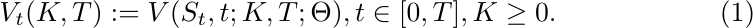
\begin{equation}\label{VDefine}
V_t(K, T) := V(S_t, t; K, T; \Theta), t \in [0, T], K \ge 0.
\end{equation}